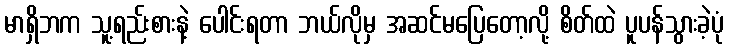
မာရှိဘက သူ့ရည်းစားနဲ့ ပေါင်းရတာ ဘယ်လိုမှ အဆင်မပြေတော့လို့ စိတ်ထဲ ပူပန်သွားခဲ့ပုံ